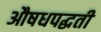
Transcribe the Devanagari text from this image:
औषधपद्धती